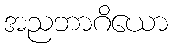
အညဘာဂိယော